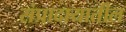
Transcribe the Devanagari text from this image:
संप्रादायातील